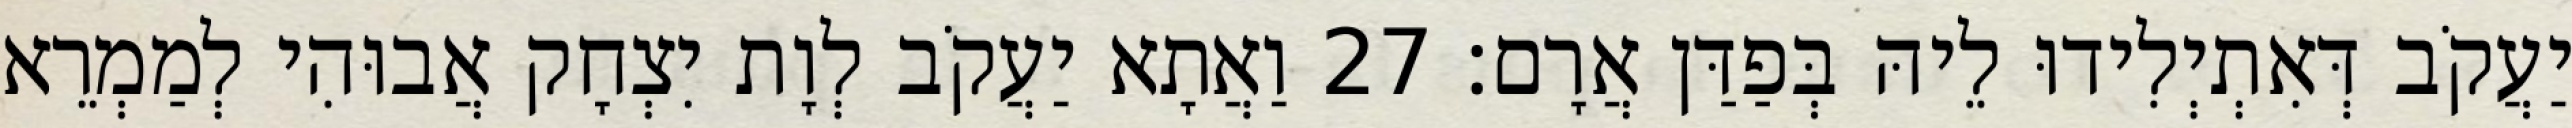
יַעֲקֹב דְּאִתְיְלִידוּ לֵיהּ בְּפַדַּן אֲרָם׃ 27 וַאֲתָא יַעֲקֹב לְוָת יִצְחָק אֲבוּהִי לְמַמְרֵא